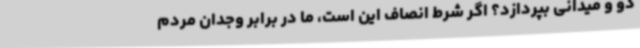
دو و میدانی بپردازد؟ اگر شرط انصاف این است، ما در برابر وجدان مردم